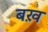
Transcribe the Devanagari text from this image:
बख़